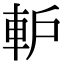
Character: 䡎